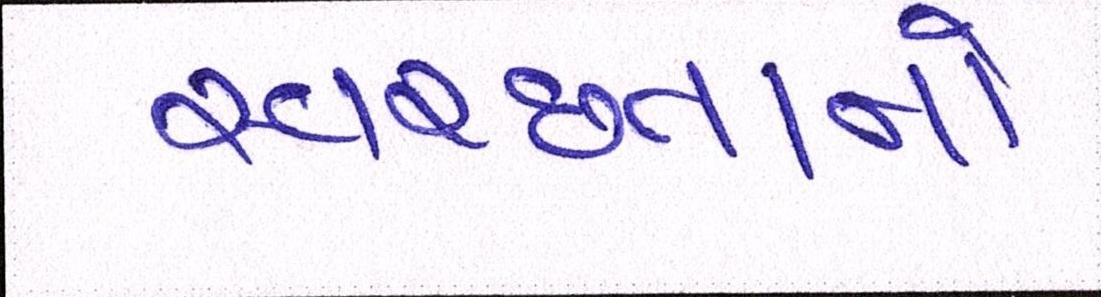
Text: સ્વચ્છતાનો